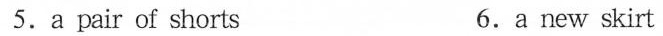
5. a pair of shorts 6. a new skirt